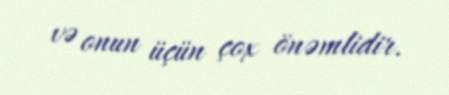
və onun üçün çox önəmlidir.